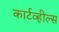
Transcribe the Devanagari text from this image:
कार्टव्हील्स